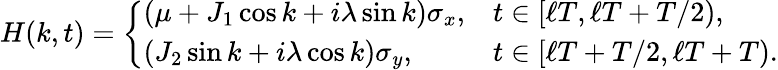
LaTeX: H(k,t)=\left\{ \begin{array}{ll}{(\mu+J_{1}\cos k+i\lambda\sin k)\sigma_{x},}&{t\in[\ell T,\ell T+T/2),}\\ {(J_{2}\sin k+i\lambda\cos k)\sigma_{y},}&{t\in[\ell T+T/2,\ell T+T).}\end{array}\right.